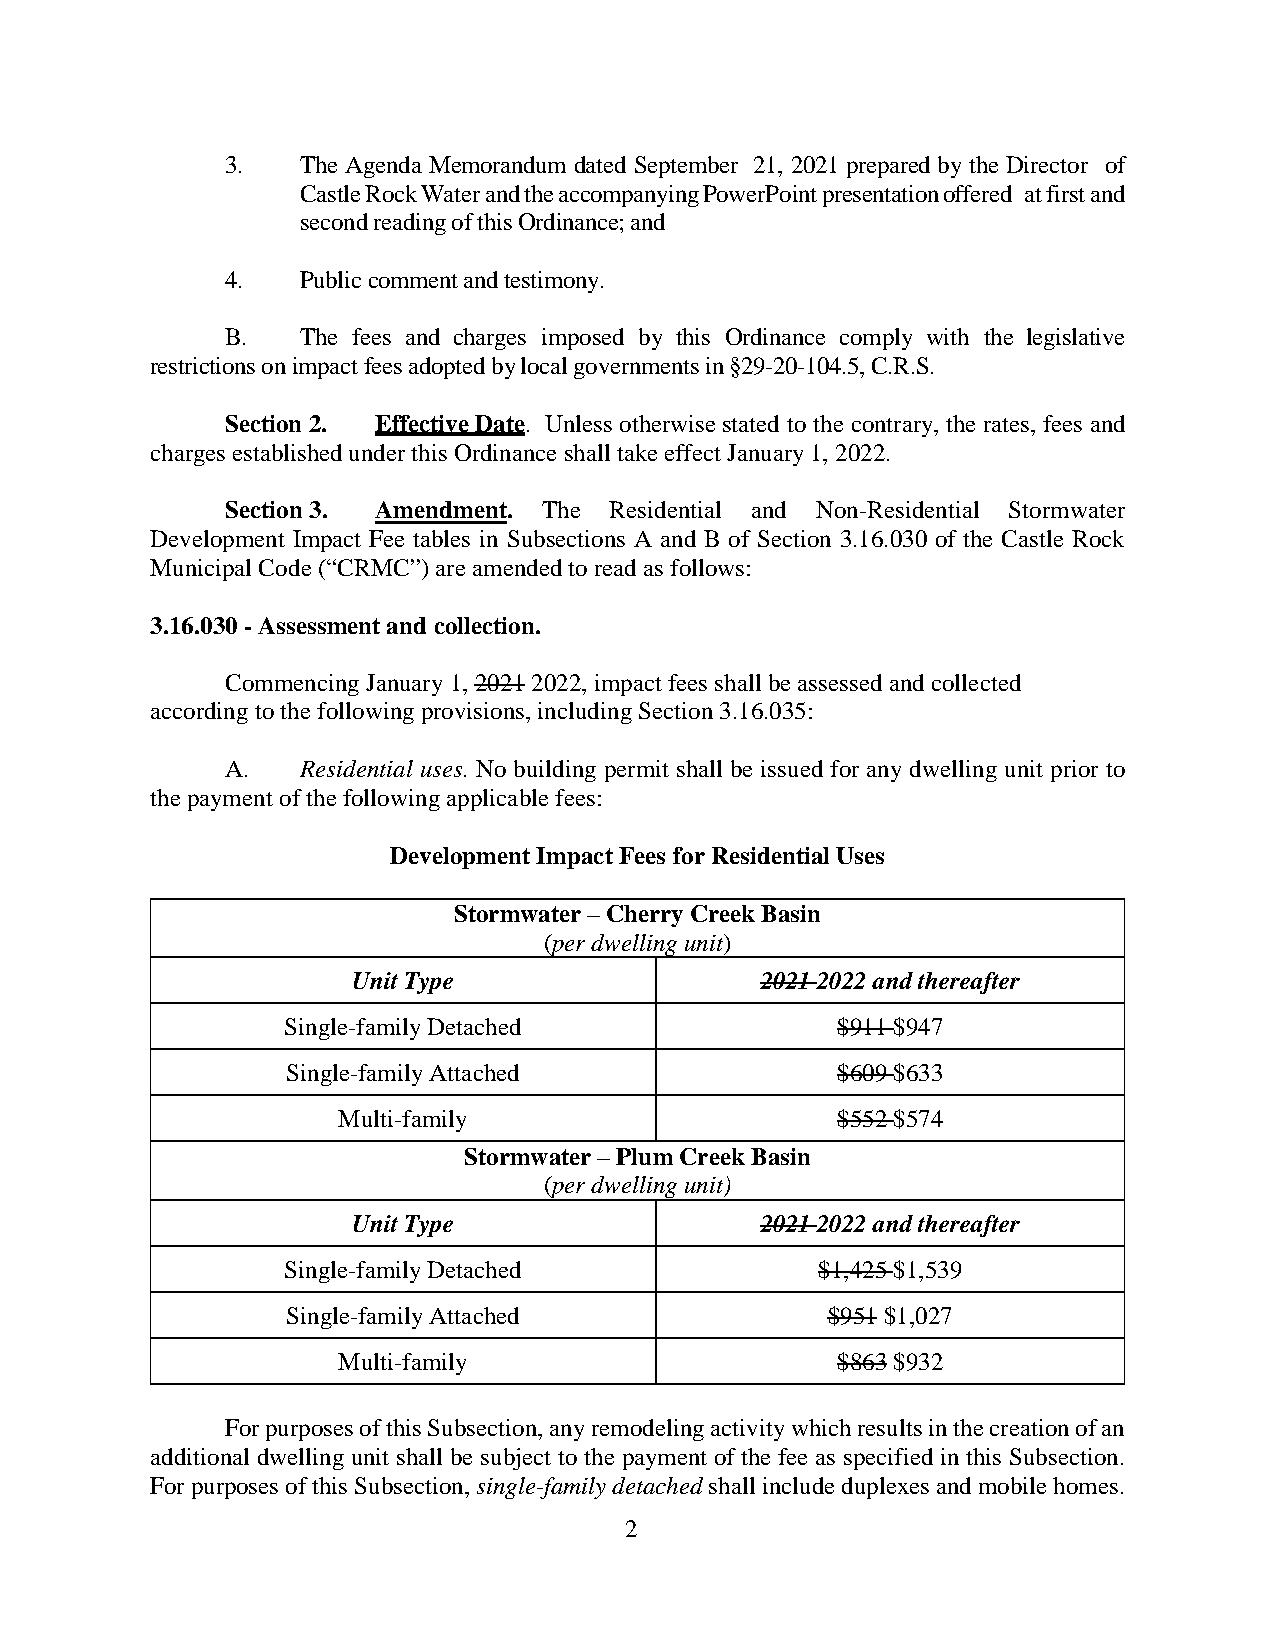
3.   The Agenda Memorandum dated September 21, 2021 prepared by the Director of
 Castle Rock Water and the accompanying PowerPoint presentation offered at first and
 second reading of this Ordinance; and
 4.   Public comment and testimony.
 B.   The fees and charges imposed by this Ordinance comply with the legislative
 restrictions on impact fees adopted by local governments in §29-20-104.5, C.R.S.
 Section 2. Effective Date. Unless otherwise stated to the contrary, the rates, fees and
 charges established under this Ordinance shall take effect January 1, 2022.
 Section 3. Amendment. The Residential and Non-Residential Stormwater
 Development Impact Fee tables in Subsections A and B of Section 3.16.030 of the Castle Rock
 Municipal Code (“CRMC”) are amended to read as follows:
 3.16.030 - Assessment and collection.
 Commencing January 1, 2021 2022, impact fees shall be assessed and collected
 according to the following provisions, including Section 3.16.035:
 A.   Residential uses. No building permit shall be issued for any dwelling unit prior to
 the payment of the following applicable fees:
 Development Impact Fees for Residential Uses
 Stormwater – Cherry Creek Basin
 (per dwelling unit)
 Unit Type                  2021 2022 and thereafter
 Single-family Detached              $911 $947
 Single-family Attached              $609 $633
 Multi-family                     $552 $574
 Stormwater – Plum Creek Basin
 (per dwelling unit)
 Unit Type                  2021 2022 and thereafter
 Single-family Detached             $1,425 $1,539
 Single-family Attached              $951 $1,027
 Multi-family                     $863 $932
 For purposes of this Subsection, any remodeling activity which results in the creation of an
 additional dwelling unit shall be subject to the payment of the fee as specified in this Subsection.
 For purposes of this Subsection, single-family detached shall include duplexes and mobile homes.
 2